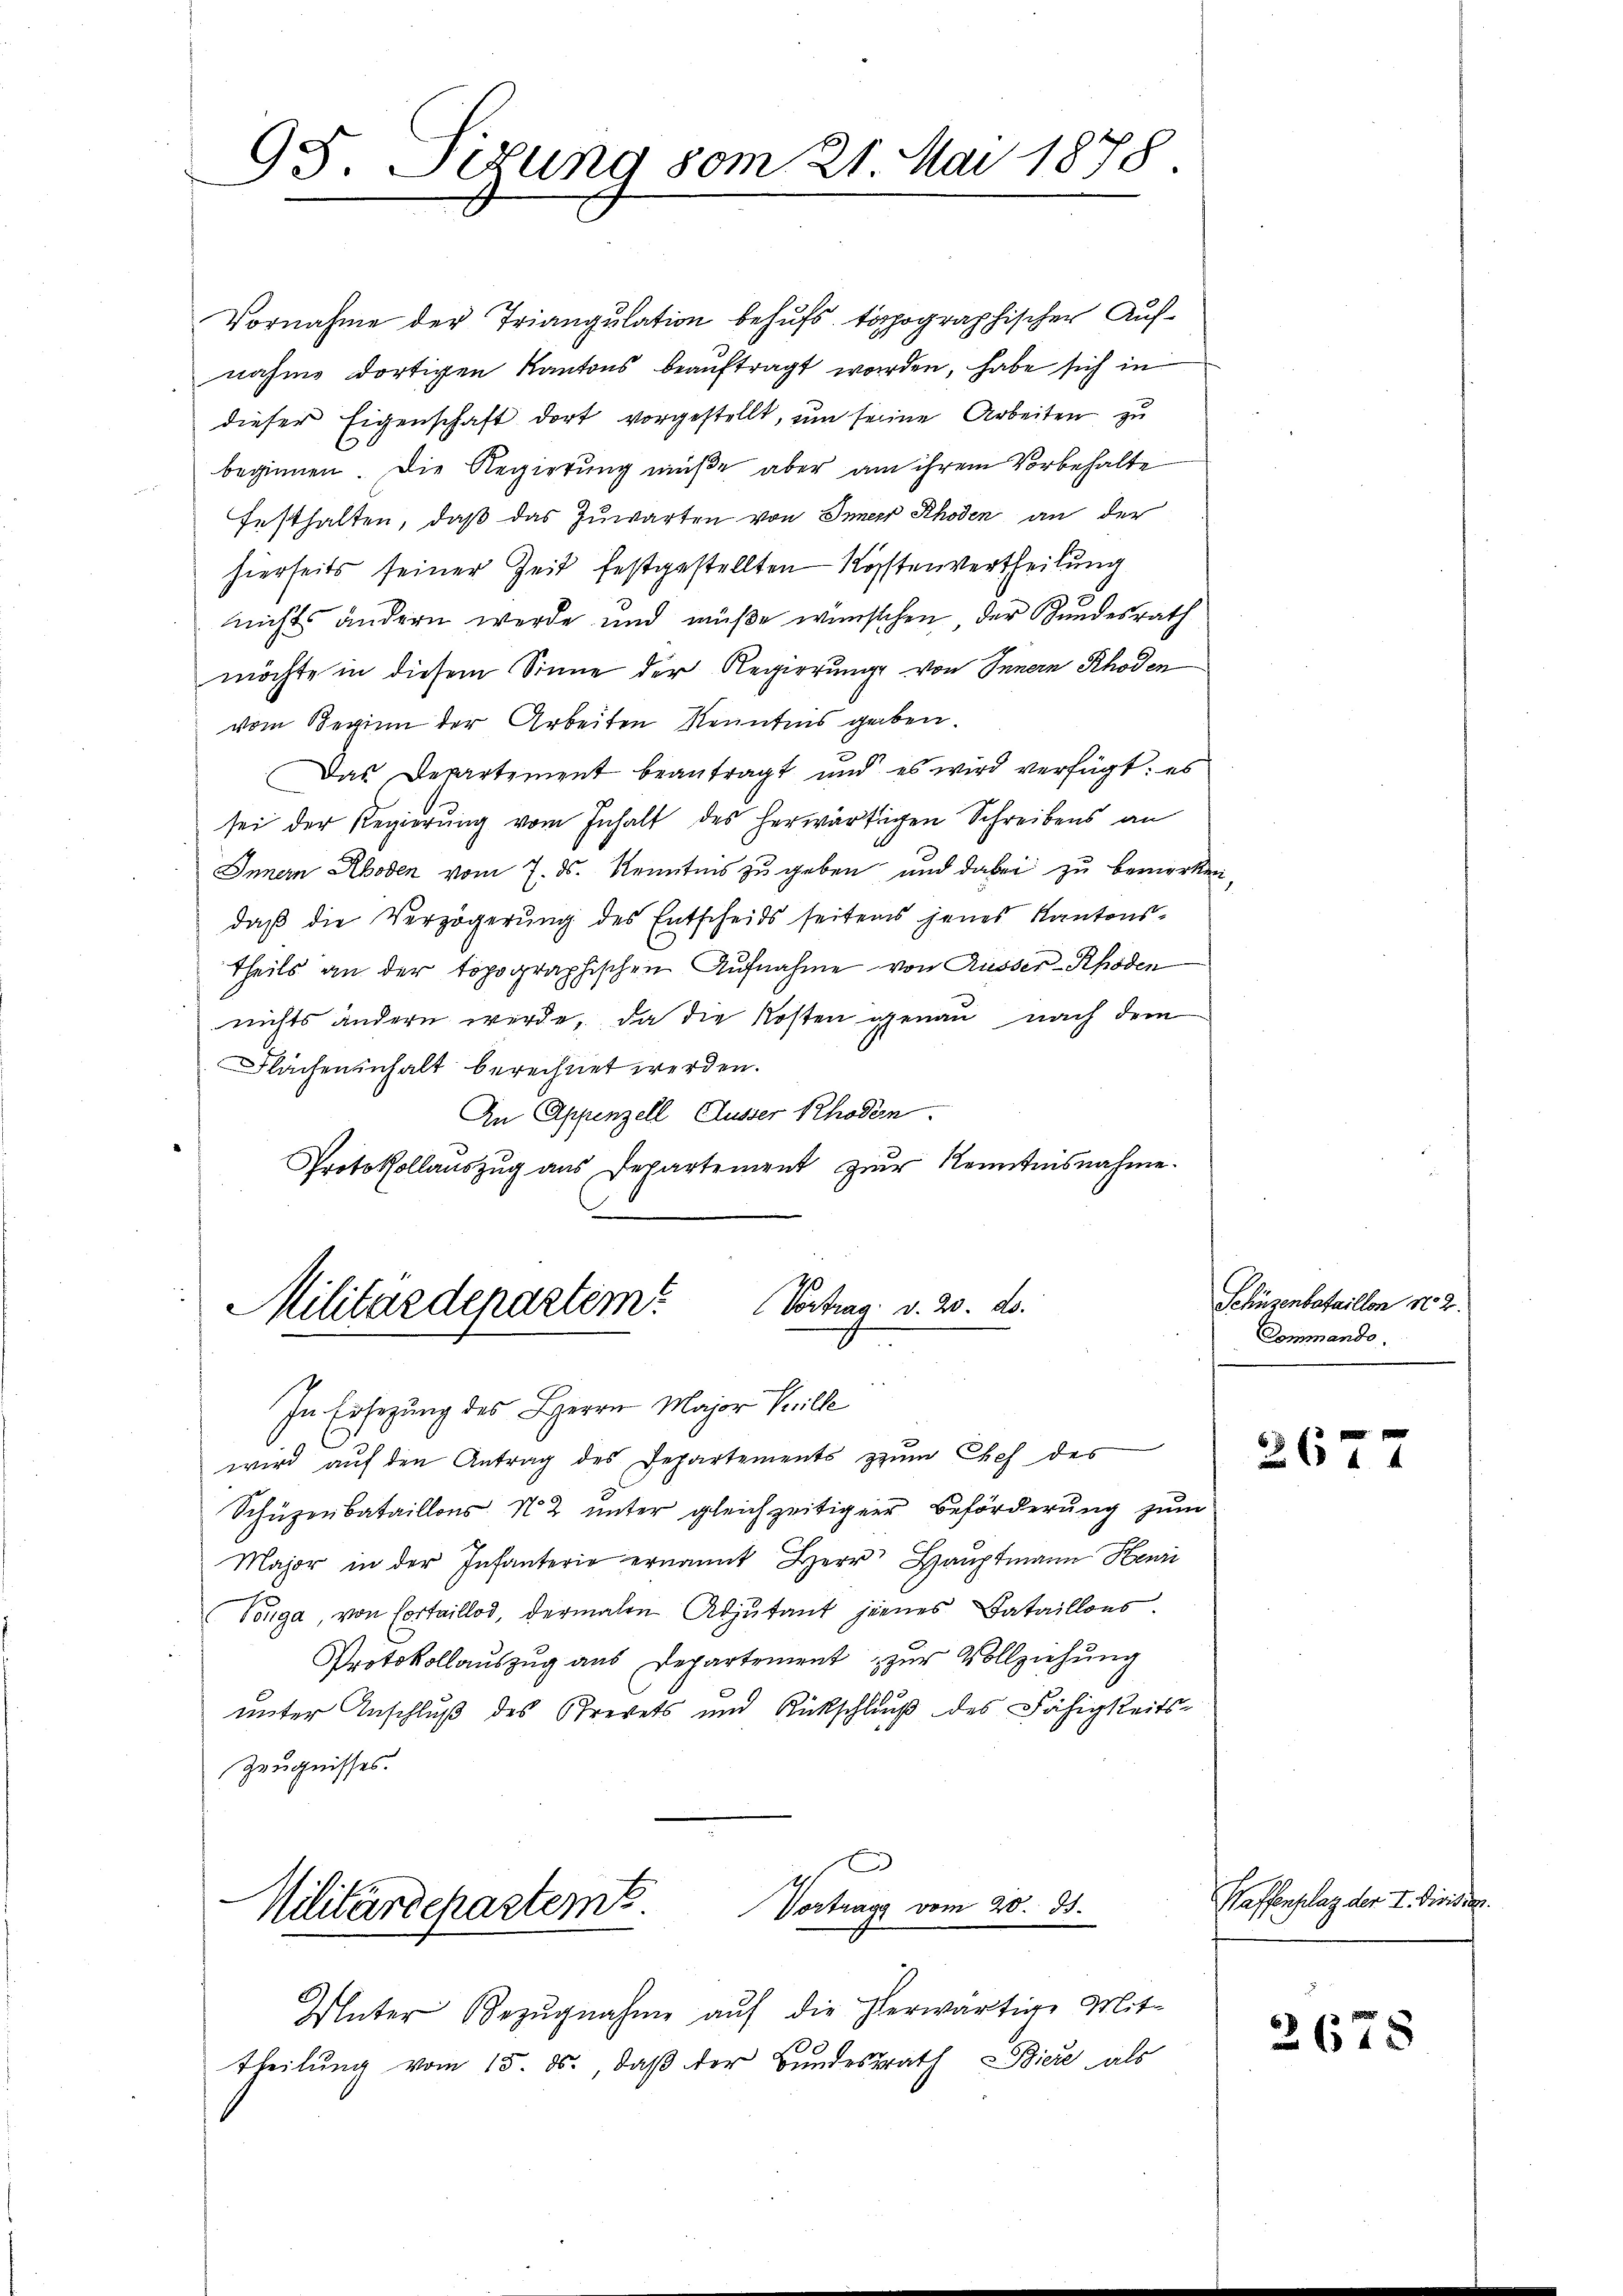
95. Sizung vom 21. Mai 1878.

Vortrag: d. 20. ds.
Militärdepartem
In Ersezung des Herrn Major Kelle

wird auf den Antrag des Departements zum Chef des
Schüzenbataillons N. 2 unter gleichzeitiger Beförderung zum
Major in der Infanterio ernannt Herr Hauptmann Henri
Tonga, von Cortaillod, dermalen Adjutant jenes Bataillons
Protokollauszug aus Departement zur Vollziehung
unter Anschluß des Brevets und Rückschluß des Fähigkeits-
Zeugnisses.

Vornahme der Triangulation behufs topographischer Aufnahme dortigen Kantons beauftragt worden, habe sich in
dieser Eigenschaft dort vorgestellt, um seine Arbeiten zu
beginnen. Die Regierung müße aber am ihrem Vorbehalte
festhalten, daß das Zuwarten von Appenzell an der
hierseits seiner Zeit festgestellten Kostenvertheilung
nichts ändern werde und müße wünschen der Bundesrath
möchte in diesem Sinne der Regierunge von Innern Rhoden
vom Beginn der Arbeiten Kenntnis geben.
Das Departement beantragt und es wird verfügt: es
sei der Regierung vom Inhalt des herwärtigen Schreibens an
Innern Rhoden vom 7. ds. Kenntnis zu geben, und dabei zu bemerken
daß die Verzögerung des Entscheids seitens jenes Kantonstheils an der topographischen Aufnahme von Russer-Rhoden
nichts ändern werde, da die Kosten genau nach dem
Flächeninhalt berechnet werden.
In Appenzell Ausser Rhodern.
Protokollauszug aus Departement zŭr Kenntnisnahme.

Vortrage vom 20. ds.
Vilitärdeparteme

Unter Bezŭgnahme aŭf die herwärtige Mit-
theilung vom 15. ds. daß der Bundesrath Biere als

Schüzenbataillon No 2.
Commando.

26—7

Waffenplaz der I. Division.

2675